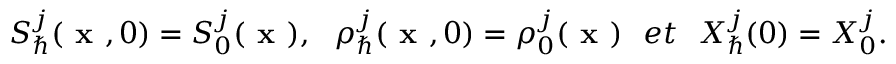
S _ { \hbar } ^ { j } ( \textbf { x } , 0 ) = S _ { 0 } ^ { j } ( \textbf { x } ) , ~ ~ \rho _ { \hbar } ^ { j } ( \textbf { x } , 0 ) = \rho _ { 0 } ^ { j } ( \textbf { x } ) ~ ~ e t ~ ~ X _ { \hbar } ^ { j } ( 0 ) = X _ { 0 } ^ { j } .